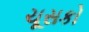
ચૂસકો